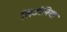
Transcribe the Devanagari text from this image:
सिडोनिया